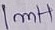
Text: 1mH